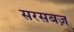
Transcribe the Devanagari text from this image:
सरसबज़